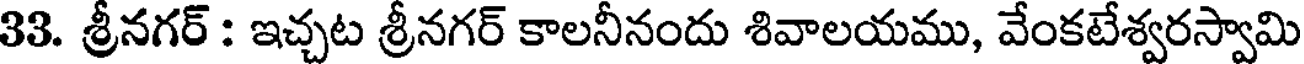
33. శ్రీనగర్ : ఇచ్చట శ్రీనగర్ కాలనీనందు శివాలయము, వేంకటేశ్వరస్వామి